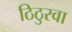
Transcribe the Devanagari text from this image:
ठिठुरवा